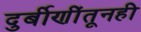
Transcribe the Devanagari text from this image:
दुर्बीणींतूनही